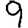
Digit: 9